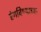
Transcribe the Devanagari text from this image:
रंगविण्याच्या